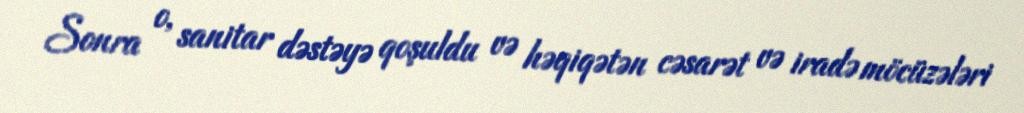
Sonra o, sanitar dəstəyə qoşuldu və həqiqətən cəsarət və iradə möcüzələri